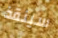
سينقذ